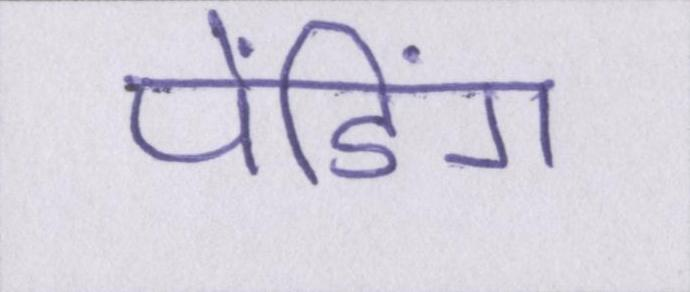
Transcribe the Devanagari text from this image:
पेंडिंग